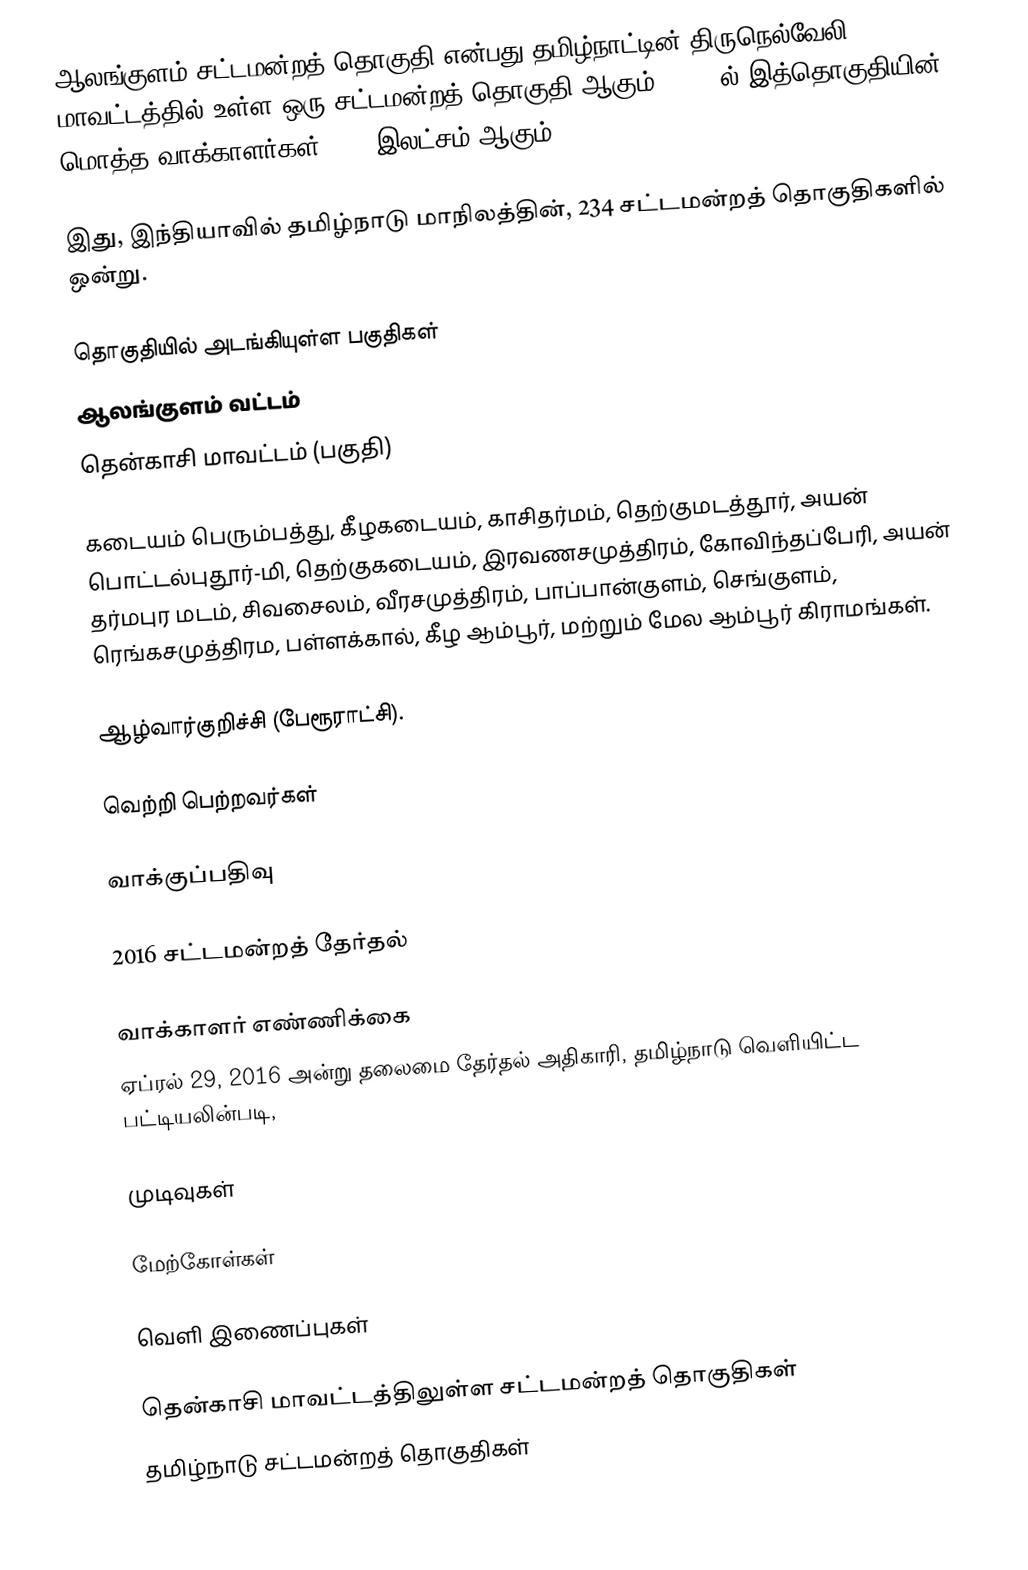
ஆலங்குளம் சட்டமன்றத் தொகுதி என்பது தமிழ்நாட்டின் திருநெல்வேலி மாவட்டத்தில் உள்ள ஒரு சட்டமன்றத் தொகுதி ஆகும். 2021-ல் இத்தொகுதியின் மொத்த வாக்காளர்கள் 2.60 இலட்சம் ஆகும்.

இது, இந்தியாவில் தமிழ்நாடு மாநிலத்தின், 234 சட்டமன்றத் தொகுதிகளில் ஒன்று.

தொகுதியில் அடங்கியுள்ள பகுதிகள்
 ஆலங்குளம் வட்டம்
 தென்காசி  மாவட்டம்  (பகுதி)

கடையம் பெரும்பத்து, கீழகடையம்,   காசிதர்மம், தெற்குமடத்தூர், அயன் பொட்டல்புதூர்-மி, தெற்குகடையம், இரவணசமுத்திரம், கோவிந்தப்பேரி, அயன் தர்மபுர மடம், சிவசைலம், வீரசமுத்திரம், பாப்பான்குளம், செங்குளம், ரெங்கசமுத்திரம, பள்ளக்கால்,  கீழ ஆம்பூர், மற்றும் மேல ஆம்பூர் கிராமங்கள்.

ஆழ்வார்குறிச்சி (பேரூராட்சி).

வெற்றி பெற்றவர்கள்

வாக்குப்பதிவு

2016 சட்டமன்றத் தேர்தல்

வாக்காளர் எண்ணிக்கை
ஏப்ரல் 29, 2016 அன்று தலைமை தேர்தல் அதிகாரி, தமிழ்நாடு வெளியிட்ட பட்டியலின்படி,

முடிவுகள்

மேற்கோள்கள்

வெளி இணைப்புகள்

தென்காசி மாவட்டத்திலுள்ள சட்டமன்றத் தொகுதிகள்
தமிழ்நாடு சட்டமன்றத் தொகுதிகள்